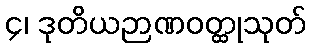
၄၊ ဒုတိယဉာဏဝတ္ထုသုတ်